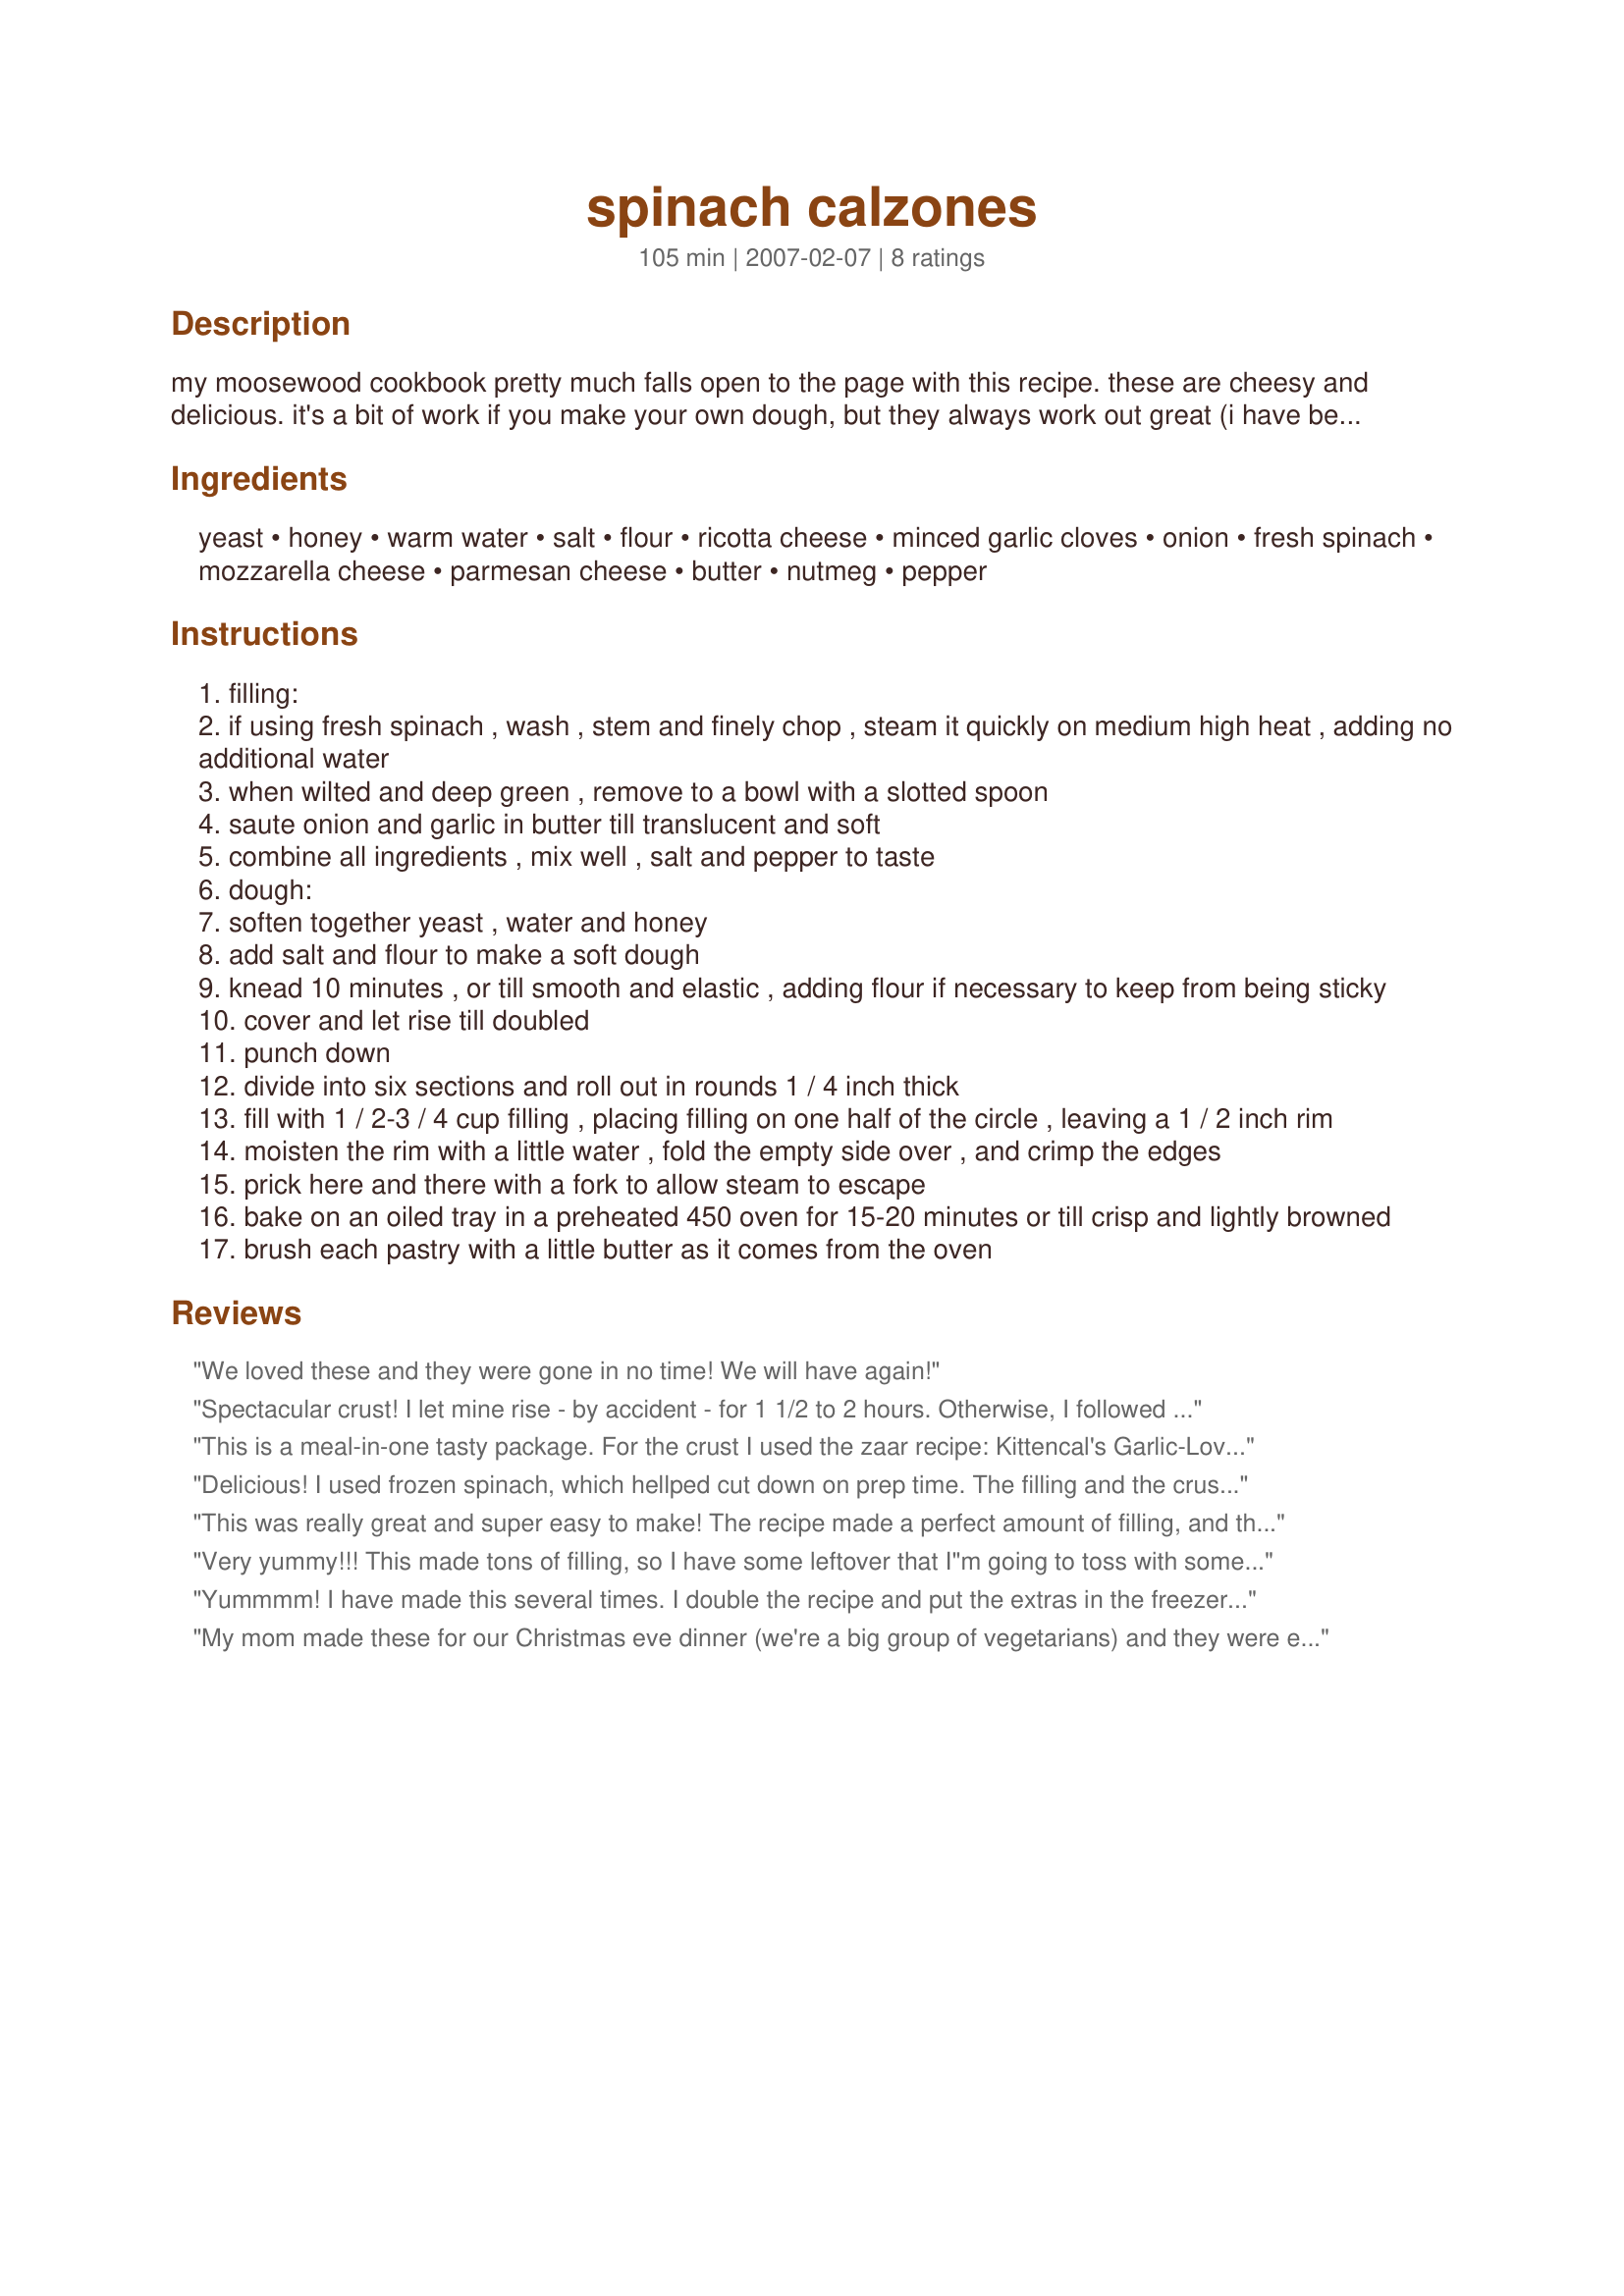
spinach calzones
Preparation time: 105 minutes

my moosewood cookbook pretty much falls open to the page with this recipe. these are cheesy and delicious. it's a bit of work if you make your own dough, but they always work out great (i have been known to use frozen bread dough). prep time includes rising time.

Ingredients:
yeast, honey, warm water, salt, flour, ricotta cheese, minced garlic cloves, onion, fresh spinach, mozzarella cheese, parmesan cheese, butter, nutmeg, pepper

Steps:
filling:
if using fresh spinach , wash , stem and finely chop , steam it quickly on medium high heat , adding no additional water
when wilted and deep green , remove to a bowl with a slotted spoon
saute onion and garlic in butter till translucent and soft
combine all ingredients , mix well , salt and pepper to taste
dough:
soften together yeast , water and honey
add salt and flour to make a soft dough
knead 10 minutes , or till smooth and elastic , adding flour if necessary to keep from being sticky
cover and let rise till doubled
punch down
divide into six sections and roll out in rounds 1 / 4 inch thick
fill with 1 / 2-3 / 4 cup filling , placing filling on one half of the circle , leaving a 1 / 2 inch rim
moisten the rim with a little water , fold the empty side over , and crimp the edges
prick here and there with a fork to allow steam to escape
bake on an oiled tray in a preheated 450 oven for 15-20 minutes or till crisp and lightly browned
brush each pastry with a little butter as it comes from the oven

Reviews:
We loved these and they were gone in no time! We will have again!
Spectacular crust! I let mine rise - by accident - for 1 1/2 to 2 hours. Otherwise, I followed the instructions exactly :-) RE: Filling - I cut the ricotta entirely. My hubby hates ricotta and cottage cheese. I minced a medium, yellow onion (didn't measure whether it was actually 1/2 cup, so it may have been more or less). I substituted pecorino romano for the parmesan, because it's all I had on hand. I used 12 oz of Fresh Baby Spinach. And I added 2 links of cooked and crumbled regular Italian sausage, because hubby likes meat. Otherwise, the filling was by the book.
Note: Prep for fresh spinach, which I recommend, takes a big chunk of time relative to the rest of the prep. Going through and painstakingly cutting off stems - I highly recommend that you do not skip this part - takes time. I learned to put my spinach into the Quisinart with the chopping appendage after chopping most if it by hand (with a knife and too-small, plastic cutting board :-)) So, just cut the stems and throw 'em in, if you have one! Then, I steamed it, by putting on a big pot of water to boil, throwing the spinach into a colinder, and resting the colinder over the pot of boiling water. Rudimentary, but it works :-) LOVED it.
This is a meal-in-one tasty package. For the crust I used the zaar recipe: Kittencal's Garlic-Lovers Pizza Crust for the Bread Machine. I just love that crust! It worked out great again with these calzones. I did have a little extra filling left over. I used fresh spinach and grated parmesan instead of the canned grated parmesan. It took some time to cut up all the spinach and cook and drain it. I just popped it in the microwave with no water, for about 2 minutes, cooled it and squeezed out any moisture. I think fresh ingreidents work out so much better. This was a big hit with my family and I will definitely make it again.
Delicious! I used frozen spinach, which hellped cut down on prep time. The filling and the crust were both delicious. Overall, very easy to make, and will be made often at our house!
This was really great and super easy to make! The recipe made a perfect amount of filling, and the dough was very easy to work with. The sweet dough really goes with the slightly salty filling. They did cook a bit faster than I expected, only needing about 12 minutes at 450 degrees instead of 15-20 minutes. Thanks for sharing a great recipe (Moosewood recipes are rarely a miss, I've learned!)
Very yummy!!! This made tons of filling, so I have some leftover that I"m going to toss with some pasta tomorrow. Thanks for a great recipe! For Spring 2007 PAC.
Yummmm! I have made this several times. I double the recipe and put the extras in the freezer for later. They freeze really well. I always add more nutmeg than is called for in the recipe because I love the flavour of nutmeg with the creamy spinach. This last time I added about 1 cup sliced mushrooms in the pan with the onions and instead of fresh garlic I used dried roasted garlic. I was all out of parmesan cheese so I used half mozzarella and half cheddar. It worked out really well and was delicious!
My mom made these for our Christmas eve dinner (we're a big group of vegetarians) and they were excellent! I know she said she had a lot of filling left over like some others said.
I used the dough recipe last week for regular pizza and it's the best dough I've made so far. Thanks for the recipe!
